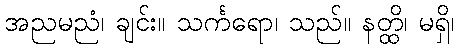
အညမညံ၊ ချင်း။ သင်္ကရော၊ သည်။ နတ္ထိ၊ မရှိ၊